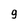
Character: 9